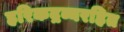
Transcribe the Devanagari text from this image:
हरिकद्रव्यरहित